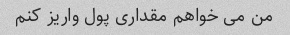
من می خواهم مقداری پول واریز کنم